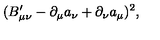
( B _ { \mu \nu } ^ { \prime } - \partial _ { \mu } a _ { \nu } + \partial _ { \nu } a _ { \mu } ) ^ { 2 } ,